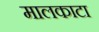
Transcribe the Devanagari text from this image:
मालकाटा